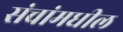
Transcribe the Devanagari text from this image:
संचांमधील